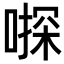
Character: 𠽄